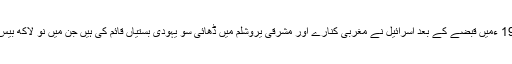
رپورٹ کے مطابق1967 ءمیں قبضے کے بعد اسرائیل نے مغربی کنارے اور مشرقی یروشلم میں ڈھائی سو یہودی بستیاں قائم کی ہیں جن میں نو لاکھ بیس ہزار آبادکار رہتے ہیں۔